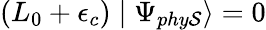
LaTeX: (L_{0}+\epsilon_{c})\mid\Psi_{phy\mathcal{S}}\rangle=0